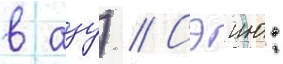
в аду) // Сэию: